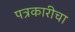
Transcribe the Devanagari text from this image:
पत्रकारीचा